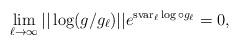
LaTeX: \begin{align*}\lim_{\ell\to\infty}||\log(g/g_\ell)||e^{{\rm svar}_\ell\log\circ g_\ell}=0,\end{align*}